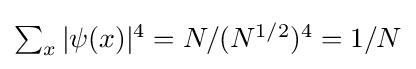
{\textstyle \sum _{x}|\psi (x)|^{4}=N/(N^{1/2})^{4}=1/N}